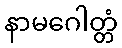
နာမဂေါတ္တံ